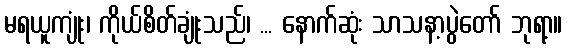
မရယူကျုံး၊ ကိုယ်စိတ်ချုံးသည်၊ ... နောက်ဆုံး သာသနာ့ပွဲတော် ဘုရာ့။